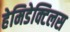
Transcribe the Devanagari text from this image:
हेमिडेक्टिलस